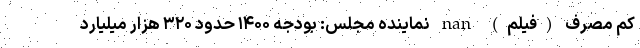
کم مصرف (فیلم) nan نماینده مجلس: بودجه ۱۴۰۰ حدود ۳۲۰ هزار میلیارد